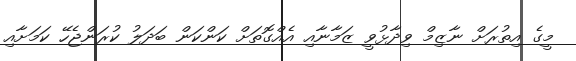
މީގެ އިތުރަށް ނާޒިމް ވިދާޅުވީ ޒަމާނާއި އެއްގޮތަށް ކަންކަން ބަދަލު ކުރަންޖެހޭ ކަމަށާއި